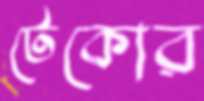
টেকোর